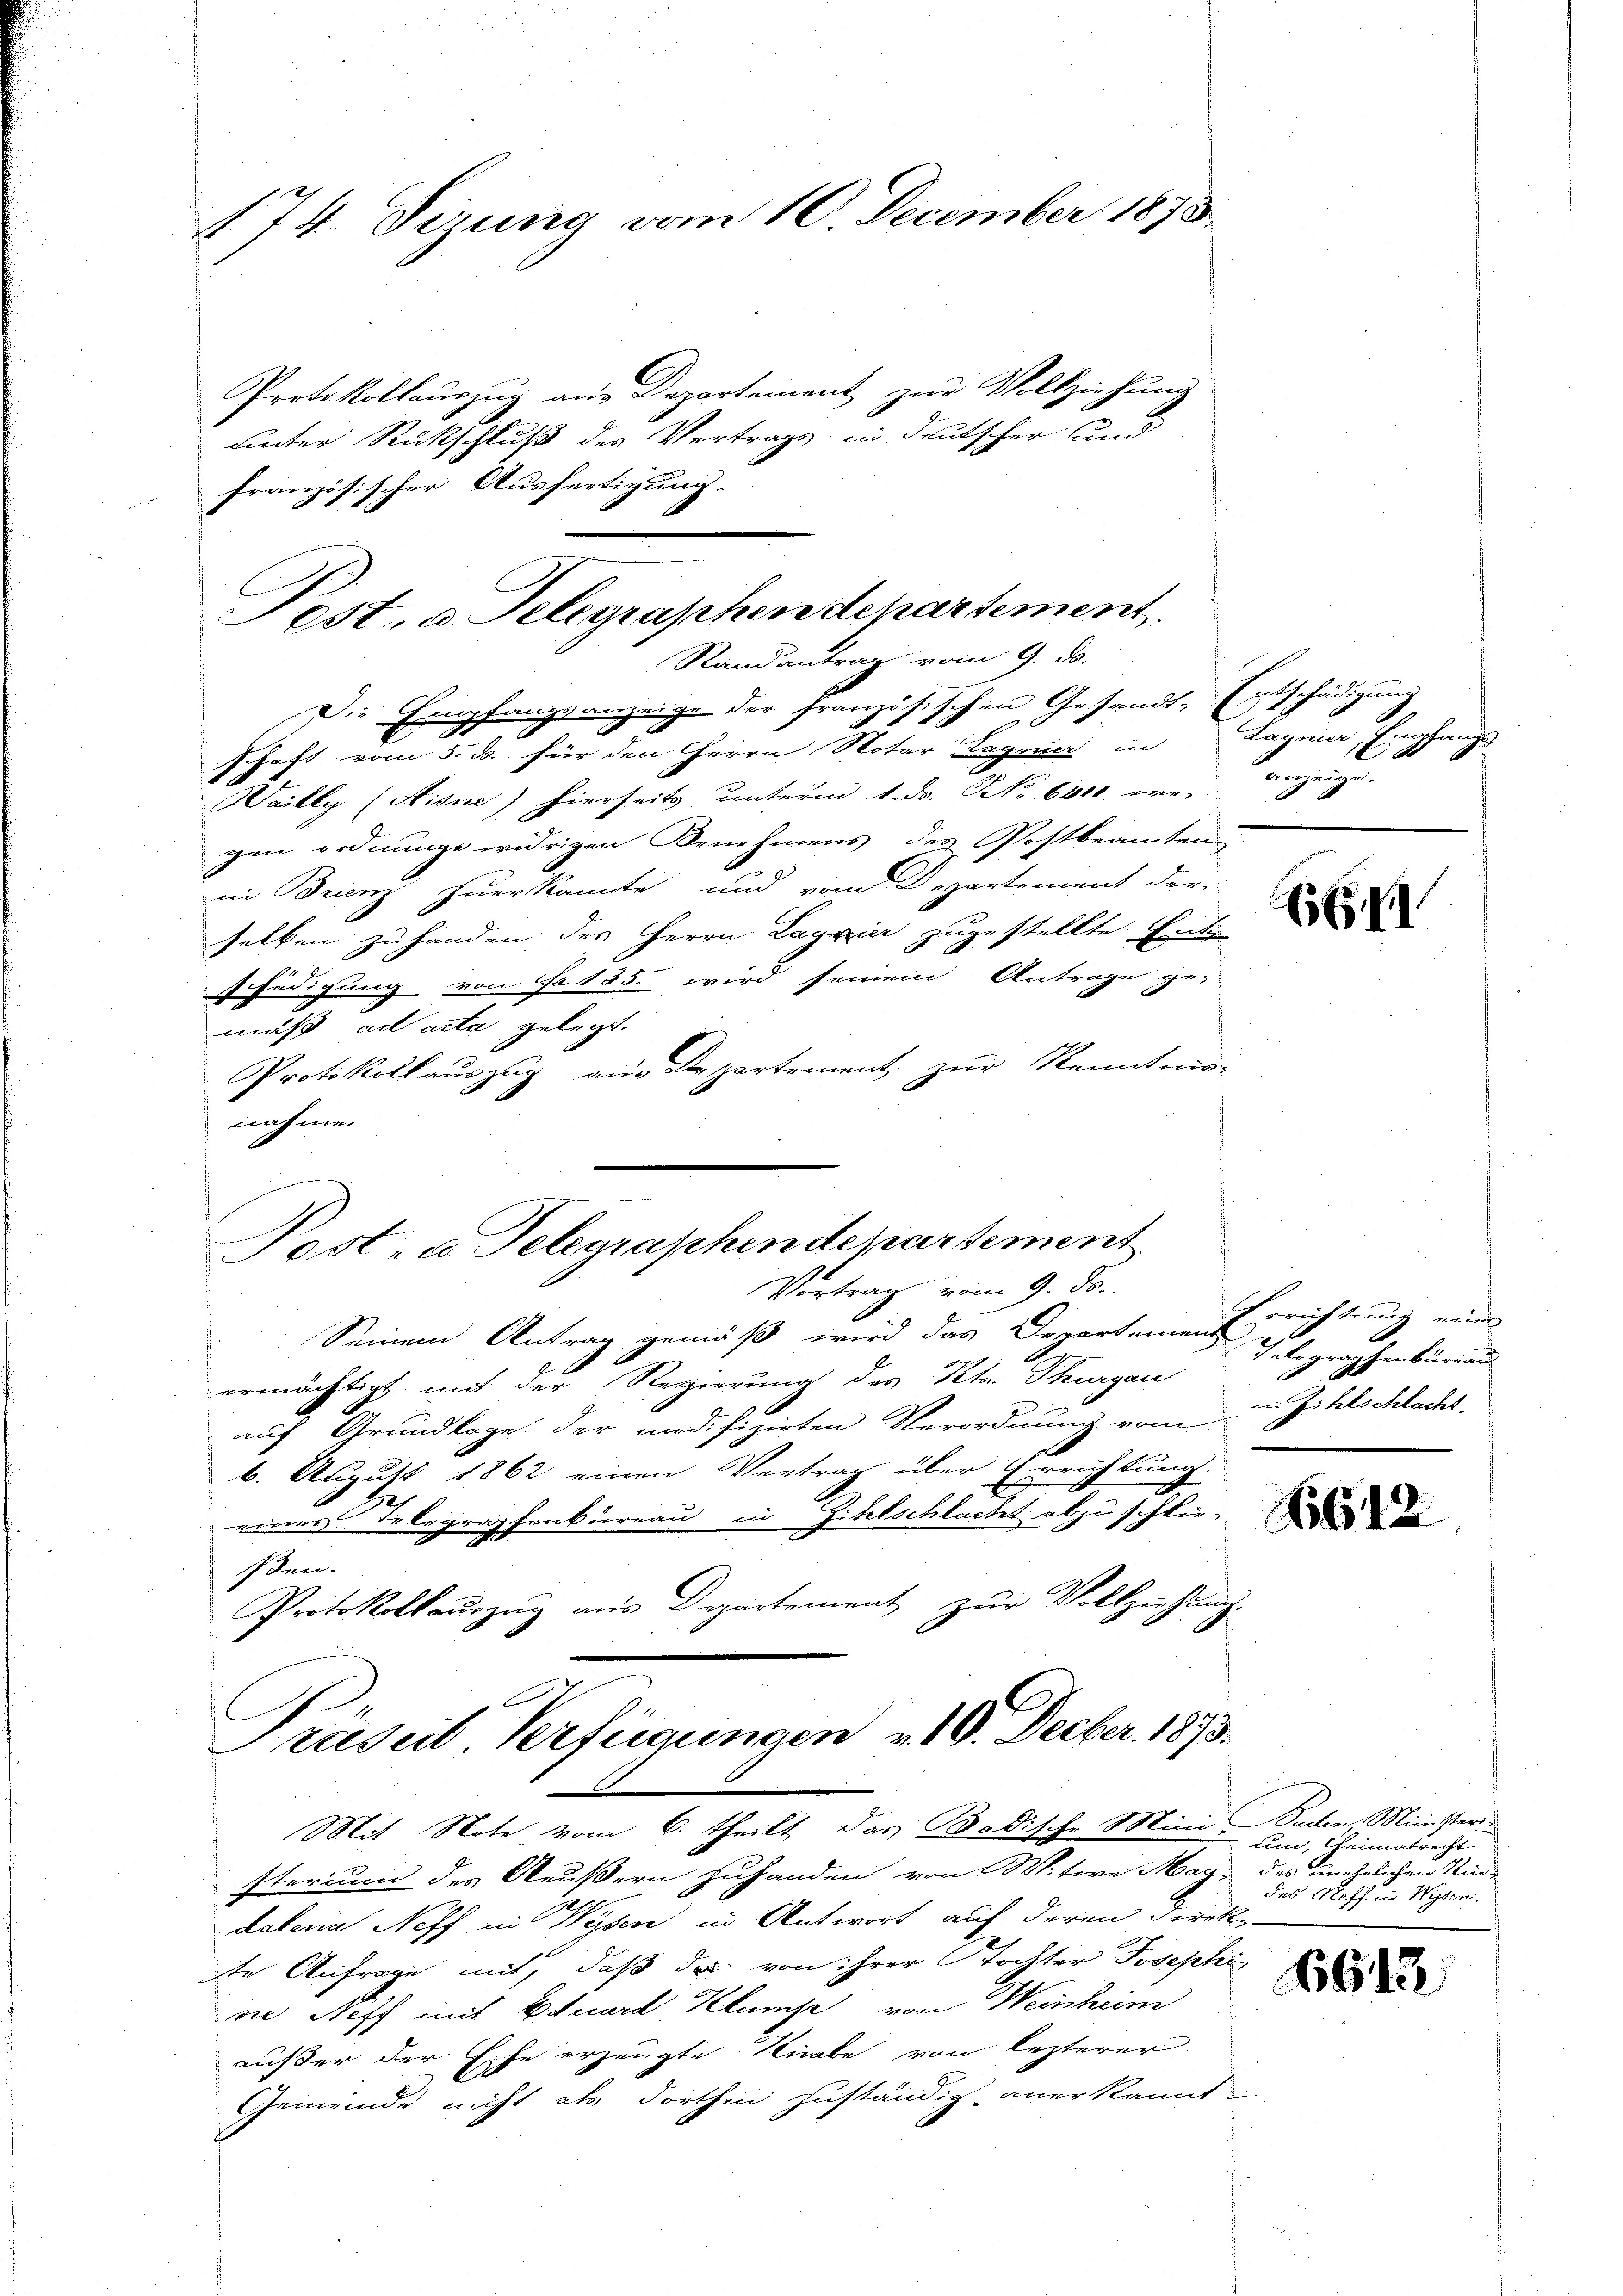
174. Sirung vom 10. December 1873

Protokollauszug aus Departement zur Vollziehung
unter Rückschluß des Vertrags in deutscher und
französischer Ausfertigung.

est. a. Telegraphen departement.
Randantrag vom 9. ds.
Die Empfangsanzeige der französischen Gesandt-Entschädigung
schaft vom 5. d. für den Herrn Notar Lagnier in Lagnier, Empfangs
Wailly (Aisne) hierseits unterm 1. Dr. Frk. 6400 ein Anzeige-

gen ordnungs widrigen Benehmens des Postbeamten
in Brienz zuerkannte und vom Departement der
selben zu handen des Herrn Lageier zugestellte Ent
schädigung von Fr. 135 wird seinem Antrage ge-
muß ad acta gelegt.
Protokoll auszug aus Departement zur Kenntma-
nahme.
s
Post- u. Telegraphen de partement
Vortrag vom 9. ds.
Seinem Antrag gemäß wird das Departement
ermächtigt mit der Regierung des Kts. Thurgau
auf Grundlage der modifizirten Verordnung vom
6. August 1862 einen Vertrag über Errichtung
einer Telegraphenbureau in Gehlschlacht abzuschließen.
Protokollaŭszŭg aŭs Departement zŭr Vollziehung

f
Präseit Verfügungen v. 10. Decber. 1873.
Mit Note vom 6. theilt, das Badische Mini- Baden, Minister
sterium des Aeußern zuhanden von Witwe May, des unehelichen Kin-

dalena Neff in Wesen in Antwort auf deren Direk
te Anfrage mit, daß das von ihrer Tochter Josephi
rie Neff mit Eduard Klump von Weinheim
außer der Ehe erzeugte Knabe von lezterer
Gemeinde nicht als dorthin zuständig anerkannt

Errichtung eine
.
Inbegraphenbüreau
in Zitelschlacht.

um, heimatrecht
des Neffen Wysen.

E

6612